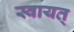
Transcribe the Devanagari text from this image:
स्वायत्